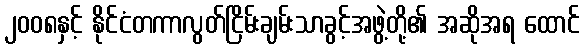
၂၀၀၈နှင့် နိုင်ငံတကာလွတ်ငြိမ်းချမ်းသာခွင့်အဖွဲ့တို့၏ အဆိုအရ ထောင်